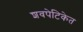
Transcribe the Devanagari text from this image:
शवपेटिकेत